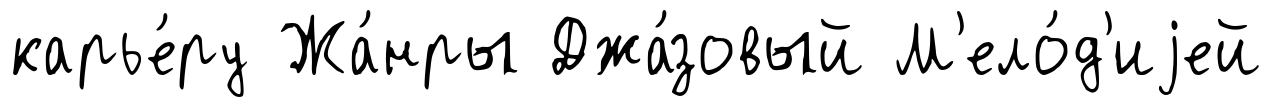
карье́ру Жа́нры Джа́зовый М'ело́д'иjей